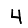
Digit: 4